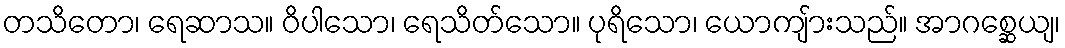
တသိတော၊ ရေဆာသ။ ဝိပါသော၊ ရေသိတ်သော။ ပုရိသော၊ ယောကျ်ားသည်။ အာဂစ္ဆေယျ၊